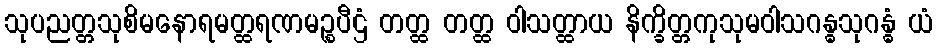
သုပညတ္တသုစိမနောရမတ္ထရဏမဉ္စပီဌံ တတ္ထ တတ္ထ ဝါသတ္ထာယ နိက္ခိတ္တကုသုမဝါသဂန္ဓသုဂန္ဓံ ယံ